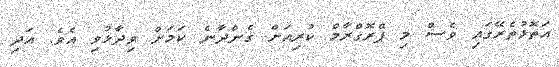
އަތޮޅުތެރޭގައި ވެސް މި ޕްރޮގްރާމް ކުރިއަށް ގެންދާނެ ކަމަށް ވިދާޅުވި އެވެ. އަދި